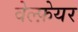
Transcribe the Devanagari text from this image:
वेल्फ़ेयर